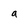
Character: a